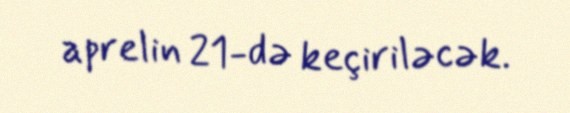
aprelin 21-də keçiriləcək.